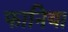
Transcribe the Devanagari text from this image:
फानिया